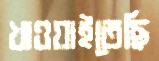
খাওয়াইতেছি